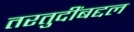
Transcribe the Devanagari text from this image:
तरतुदींबद्दल